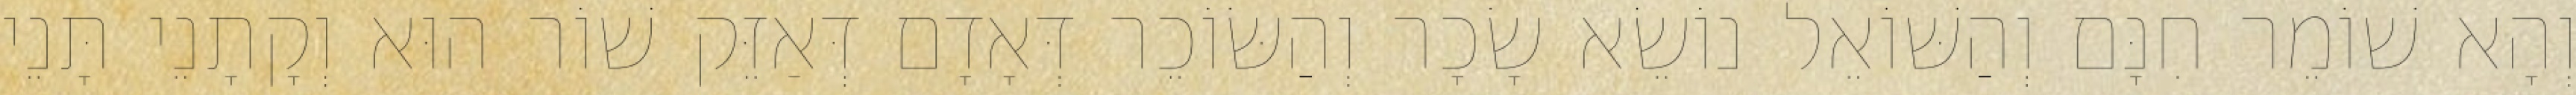
וְהָא שׁוֹמֵר חִנָּם וְהַשּׁוֹאֵל נוֹשֵׂא שָׂכָר וְהַשּׂוֹכֵר דְּאָדָם דְּאַזֵּק שׁוֹר הוּא וְקָתָנֵי תָּנֵי